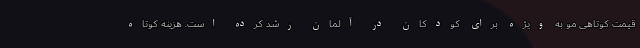
قیمت کوتاهی مو به ویژه برای کودکان در آلمان رشد کرده است. هزینه کوتاه